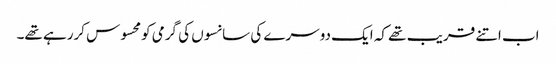
اب اتنے قریب تھے کہ ایک دوسرے کی سانسوں کی گرمی کومحسوس کررہے تھے۔